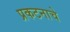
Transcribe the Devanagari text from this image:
प्रकटनाचे